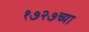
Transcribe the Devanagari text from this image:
१७२७च्या